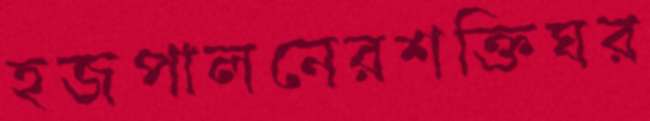
হজপালনেরশক্তিঘর